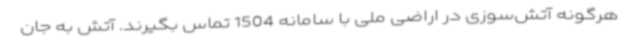
هرگونه آتش‌سوزی در اراضی ملی با سامانه 1504 تماس بگیرند. آتش به جان